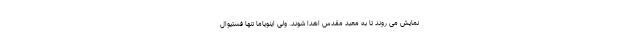
نمایش می روند تا به معبد مقدس اهدا شوند. ولی اینویاما تنها فستیوال